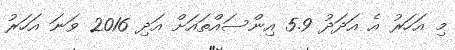
މި އަހަރު އެ އަދަދު 5.9 އިންސައްތައަށް އަދި 2016 ވަނަ އަހަރު